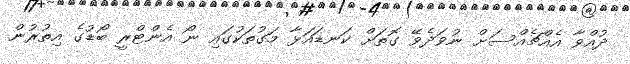
ދުއްވާ އެއްޗެއްސަށް ނުވަދެވޭ ގޮތަށް ކަނޑައަޅާ މަގުތަކުގައި ނޯ އެންޓްރީ ބޯޑުގެ އިތުރުން